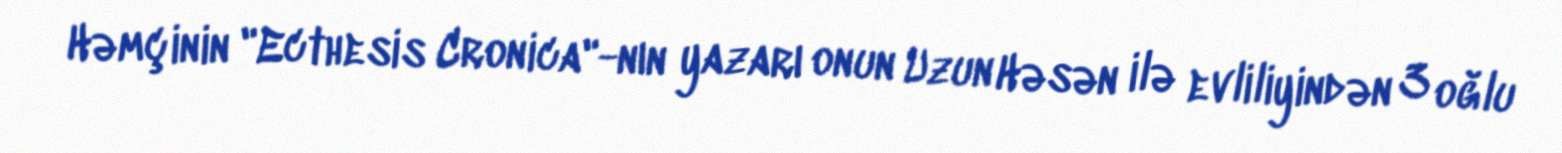
Həmçinin "Ecthesis Cronica"-nın yazarı onun Uzun Həsən ilə evliliyindən 3 oğlu